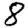
Digit: 8